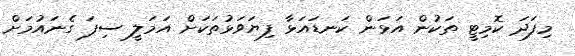
މިފަދަ ކޮމިޓީ ތަކުން އަޅަން ކަނޑައަޅާ ފިޔަވަޅުތަކަށް އަމަލީ ސިފަ ގެނައުމަށް